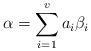
\begin{align*}\alpha=\sum_{i=1}^va_i\beta_i\end{align*}